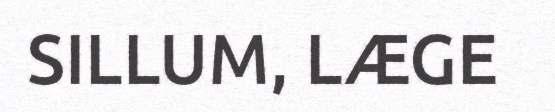
SILLUM, LÆGE